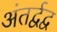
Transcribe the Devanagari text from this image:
अंतर्द्वद्व